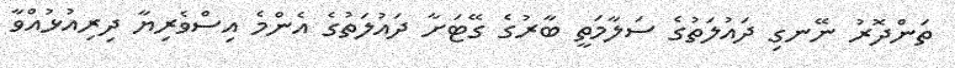
ތަންދޮރު ނޭނގި ދައުލަތުގެ ސަލާމަތީ ބާރުގެ ގޭޓަށާ ދައުލަތުގެ އެންމެ އިސްވެރިޔާ ދިރިއުޅުއްވާ